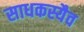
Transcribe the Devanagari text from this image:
साधकस्यैव